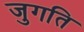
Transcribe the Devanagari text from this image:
जुगति